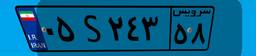
۶۵S۰۳۷۱۱